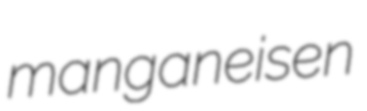
manganeisen